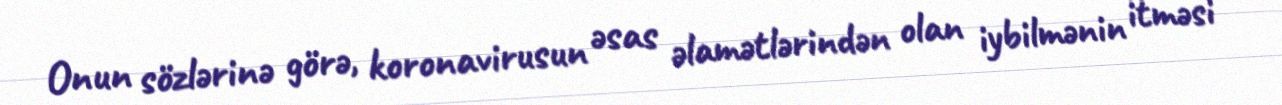
Onun sözlərinə görə, koronavirusun əsas əlamətlərindən olan iybilmənin itməsi